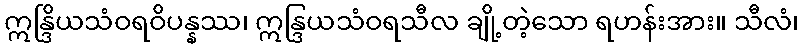
ဣန္ဒြိယသံဝရဝိပန္နဿ၊ ဣန္ဒြယသံဝရသီလ ချို့တဲ့သော ရဟန်းအား။ သီလံ၊